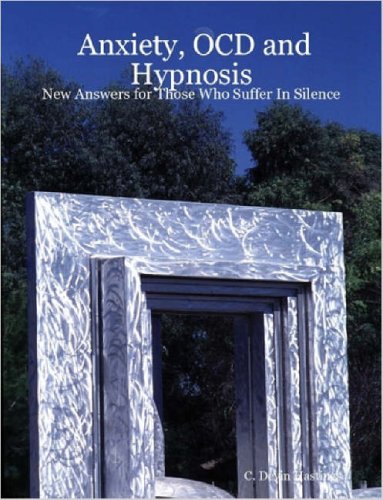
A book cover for Anxiety, Ocd and Hypnosis: New Answers for Those Who Suffer in Silence; C. Devin Hastings; Health, Fitness & Dieting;